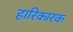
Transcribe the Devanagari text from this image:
हारिकारक